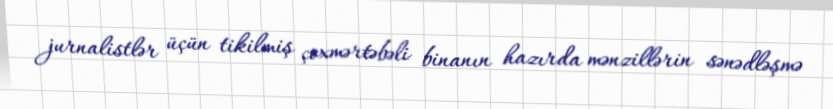
jurnalistlər üçün tikilmiş çoxmərtəbəli binanın hazırda mənzillərin sənədləşmə